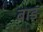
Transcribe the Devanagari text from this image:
बाङ